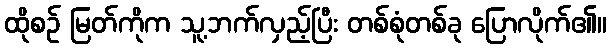
ထိုစဉ် မြတ်ကိုက သူ့ဘက်လှည့်ပြီး တစ်စုံတစ်ခု ပြောလိုက်၏။